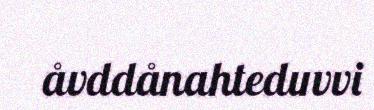
åvddånahteduvvi